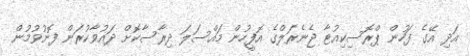
އަދި އޭގެ ފަހުން ޕްރޮސިކިއުޓާ ޖެނެރަލްގެ އޮފީހުން މައްސަލަ ދިރާސާކޮށް ދައުވާކުރަން ފޮނުވުމުން